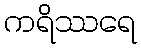
ကရိဿရေ